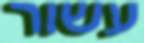
עשור